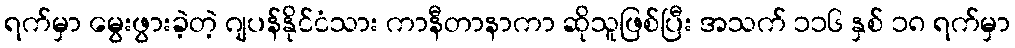
ရက်မှာ မွေးဖွားခဲ့တဲ့ ဂျပန်နိုင်ငံသား ကာနီတာနာကာ ဆိုသူဖြစ်ပြီး အသက် ၁၁၆ နှစ် ၁၈ ရက်မှာ